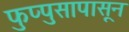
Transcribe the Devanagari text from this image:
फुप्पुसापासून